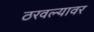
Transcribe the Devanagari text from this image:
ठरवल्यावर